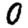
Digit: 0